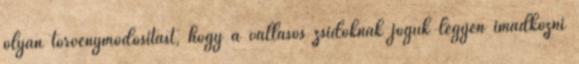
olyan törvénymódosítást, hogy a vallásos zsidóknak joguk legyen imádkozni